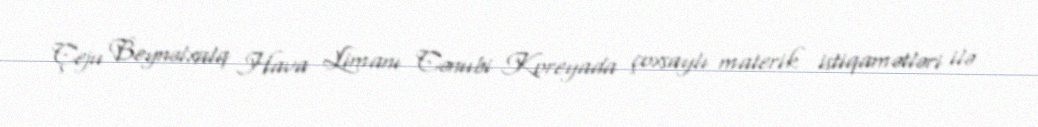
Çeju Beynəlxalq Hava Limanı Cənubi Koreyada çoxsaylı materik istiqamətləri ilə